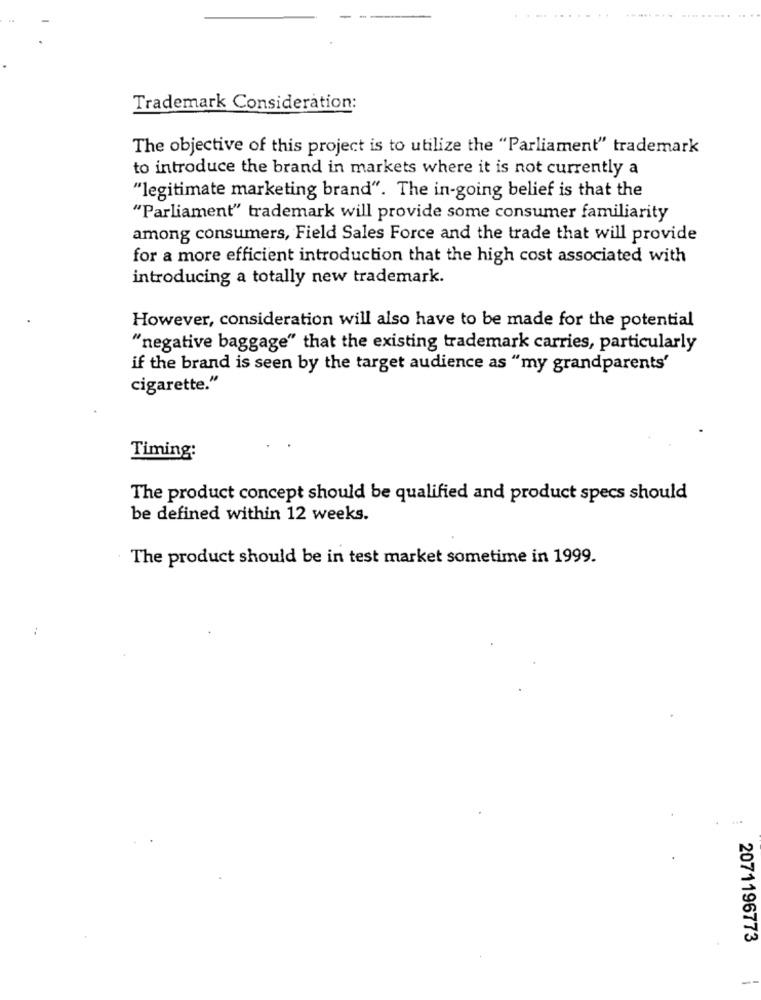
Trademark Consideration:
The objective of this project is to utilize the "Parliament" trademark
to introduce the brand in markets where it is not currently a
"legitimate marketing brand". The in-going belief is that the
"Parliament" trademark will provide some consumer familiarity
among consumers, Field Sales Force and the trade that will provide
for a more efficient introduction that the high cost associated with
introducing a totally new trademark.
However, consideration will also have to be made for the potential
"negative baggage" that the existing trademark carries, particularly
if the brand is seen by the target audience as "my grandparents'
cigarette."
Timing:
The product concept should be qualified and product specs should
be defined within 12 weeks.
The product should be in test market sometime in 1999.
2071196773
--